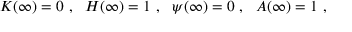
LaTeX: K ( \infty ) = 0 \ , \ \ H ( \infty ) = 1 \ , \ \ \psi ( \infty ) = 0 \ , \ \ A ( \infty ) = 1 \ ,